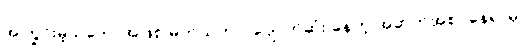
အကြွင်းမဲ့သဘောအဖြစ် မှတ်ယူတာ၊ ပျောက်ဆုံး နေတဲ့ အဆက်အစပ်နေရာမှာ